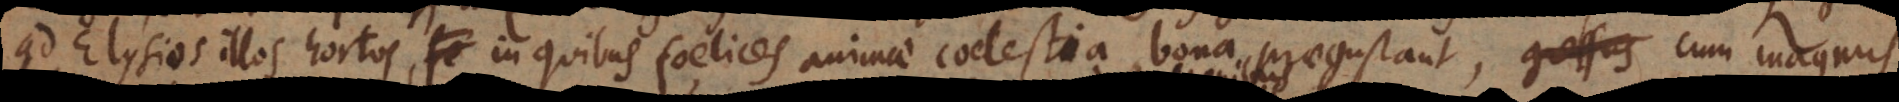
ad Elysios illos hortos, in quibus foelices animae coelestia bona praegustant, cum gressus magnus